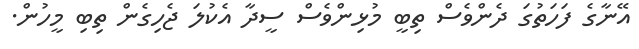
އޭނާގެ ފަހަތުގަ ދެންވެސް ތިބީ މުޅިންވެސް ސީދާ އެކުލަ ޖެހިގެން ތިބި މީހުން.